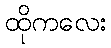
ထိုကလေး